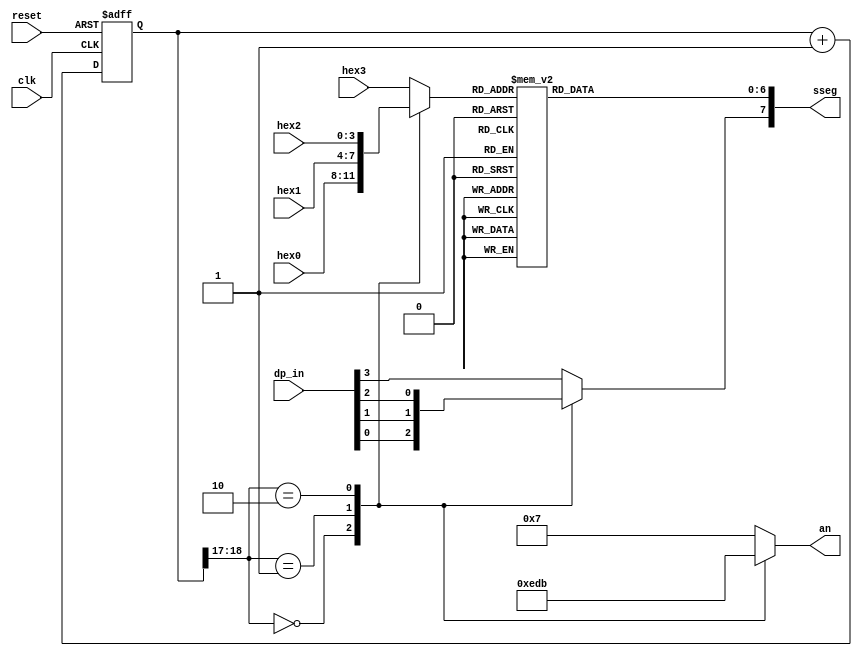
// LED time-mux circuit with hex digits

module disp_hex_mux
    (
    input  wire      clk, reset,
    input  wire[3:0] hex3, hex2, hex1, hex0,
    input  wire[3:0] dp_in,
    output reg[3:0]  an,
    output reg[7:0]  sseg
    );

    // constant declaration
    // refreshing rate aroung 800 Hz (100 MHz / 2^17)
    localparam N = 19;

    // signal declaration
    reg[N-1:0]  q_reg;
    wire[N-1:0] q_next;
    reg[3:0]    hex_in;
    reg         dp;

    // N-bit counter
    // register
    always @(posedge clk, posedge reset)
        if (reset)
            q_reg <= 0;
        else
            q_reg <= q_next;

    // next-state logic
    assign q_next = q_reg + 1;

    // 2 MSBs of counter to control 4-to-1 mux
    // and to generate active-low enable signal
    always @*
        case (q_reg[N-1:N-2])
            2'b00:
                begin
                    an     = 4'b1110;
                    hex_in = hex0;
                    dp     = dp_in[0];
                end
            2'b01:
                begin
                    an   = 4'b1101;
                    hex_in = hex1;
                    dp     = dp_in[1];
                end
            2'b10:
                begin
                    an   = 4'b1011;
                    hex_in = hex2;
                    dp     = dp_in[2];
                end
            default:
                begin
                    an   = 4'b0111;
                    hex_in = hex3;
                    dp     = dp_in[3];
                end
        endcase

    always @*
    begin
        case(hex_in)
            4'h0: sseg[6:0] = 7'b0000001;
            4'h1: sseg[6:0] = 7'b1001111;
            4'h2: sseg[6:0] = 7'b0010010;
            4'h3: sseg[6:0] = 7'b0000110;
            4'h4: sseg[6:0] = 7'b1001100;
            4'h5: sseg[6:0] = 7'b0100100;
            4'h6: sseg[6:0] = 7'b0100000;
            4'h7: sseg[6:0] = 7'b0001111;
            4'h8: sseg[6:0] = 7'b0000000;
            4'h9: sseg[6:0] = 7'b0000100;
            4'ha: sseg[6:0] = 7'b0001000;
            4'hb: sseg[6:0] = 7'b1100000;
            4'hc: sseg[6:0] = 7'b0110001;
            4'hd: sseg[6:0] = 7'b1000010;
            4'he: sseg[6:0] = 7'b0110000;
            default: sseg[6:0] = 7'b0111000;  // 4'hf
        endcase
        sseg[7] = dp;
    end

endmodule